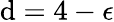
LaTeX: \mathrm{d}=4-\epsilon